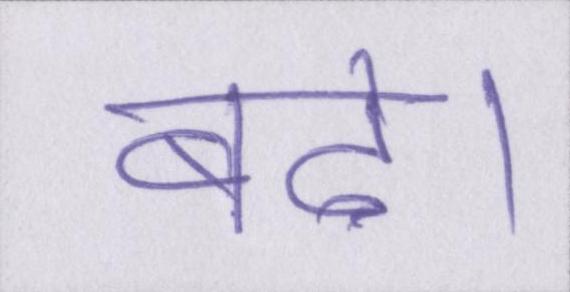
बढे।